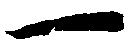
一